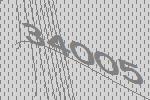
34005